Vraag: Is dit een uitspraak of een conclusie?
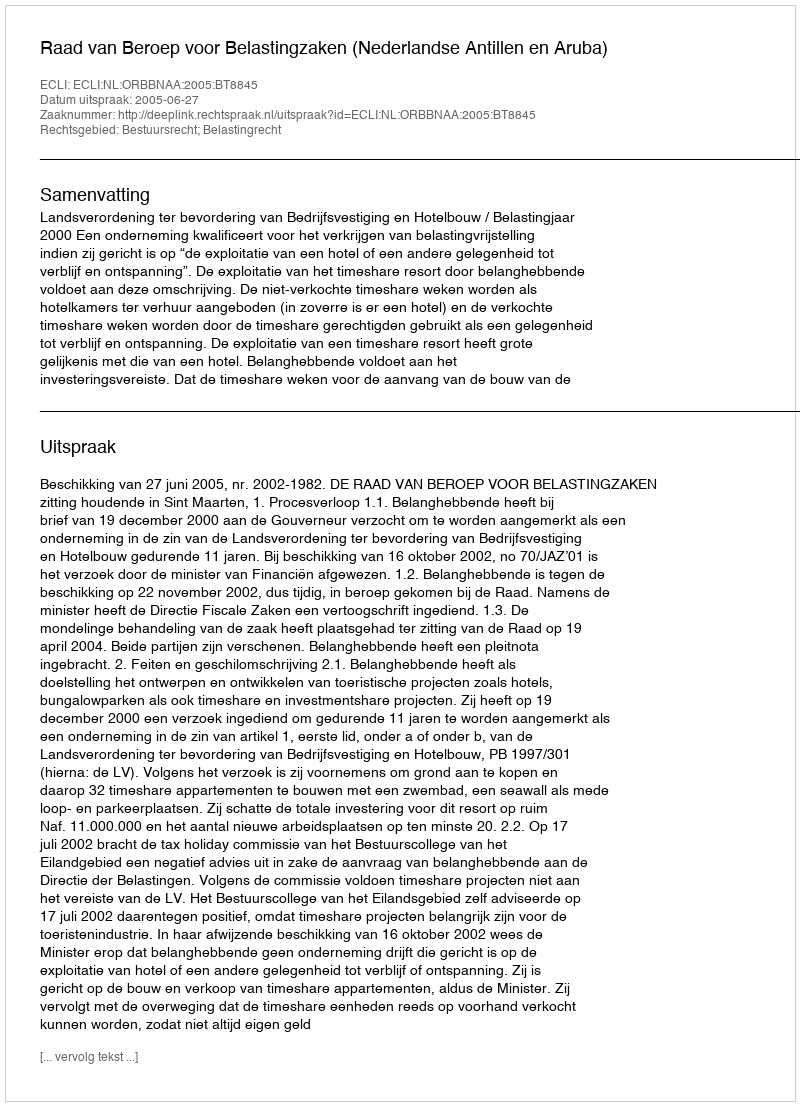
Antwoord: Uitspraak